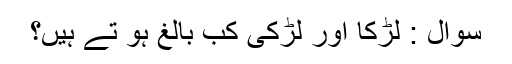
سُوال : لڑکا اور لڑکی کب بالغ ہو تے ہیں؟